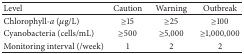
<table><thead><tr><td><b>Level</b></td><td><b>Caution</b></td><td><b>Warning</b></td><td><b>Outbreak</b></td></tr></thead><tbody><tr><td>Chlorophyll-<i>a</i> (<i>μ</i>g/L)</td><td>≥15</td><td>≥25</td><td>≥100</td></tr><tr><td>Cyanobacteria (cells/mL)</td><td>≥500</td><td>≥5,000</td><td>≥1,000,000</td></tr><tr><td>Monitoring interval (/week)</td><td>1</td><td>2</td><td>2</td></tr></tbody></table>